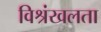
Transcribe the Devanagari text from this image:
विश्रंखलता